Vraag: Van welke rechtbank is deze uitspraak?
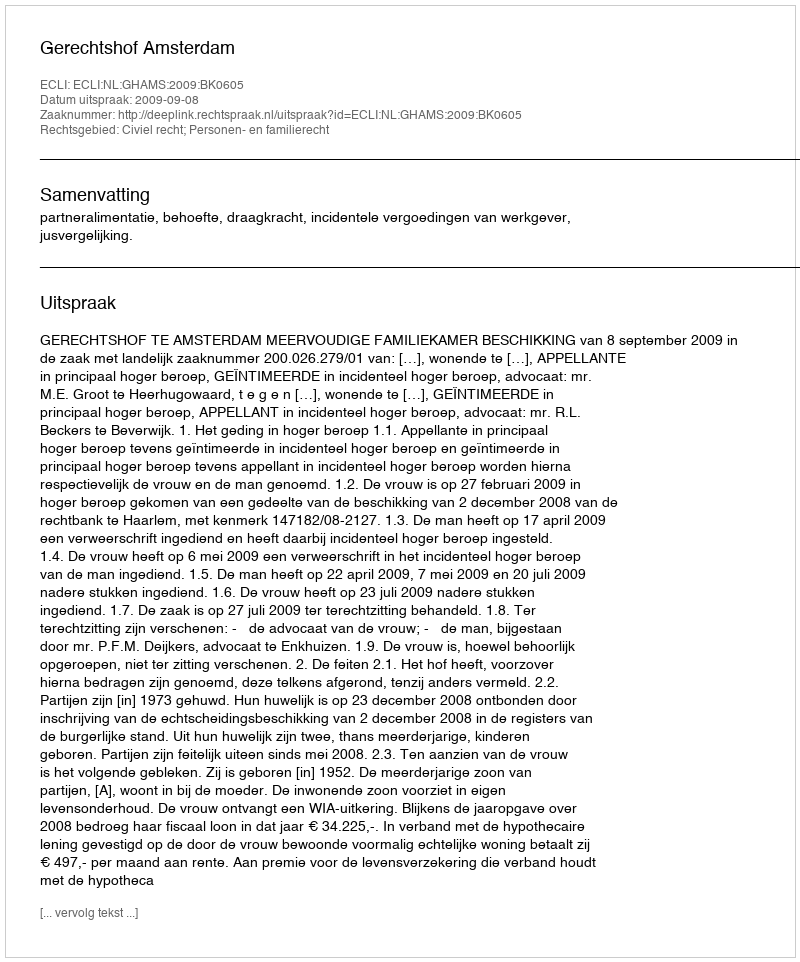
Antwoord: Gerechtshof Amsterdam